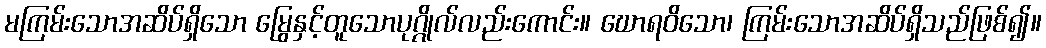
မကြမ်းသောအဆိပ်ရှိသော မြွေနှင့်တူသောပုဂ္ဂိုလ်လည်းကောင်း။ ဃောရဝိသော၊ ကြမ်းသောအဆိပ်ရှိသည်ဖြစ်၍။